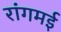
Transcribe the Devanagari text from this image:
रांगमई